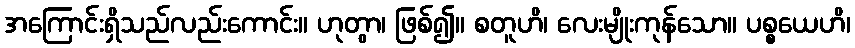
အကြောင်းရှိသည်လည်းကောင်း။ ဟုတွာ၊ ဖြစ်၍။ စတူဟိ၊ လေးမျိုးကုန်သော။ ပစ္စယေဟိ၊